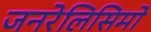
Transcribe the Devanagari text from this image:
जनरेलिसिमो